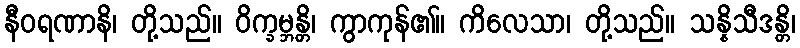
နီဝရဏာနိ၊ တို့သည်။ ဝိက္ခမ္ဘန္တိ၊ ကွာကုန်၏။ ကိလေသာ၊ တို့သည်။ သန္နိသီဒန္တိ၊